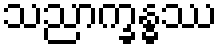
သညာက္ခန္ဓဿ